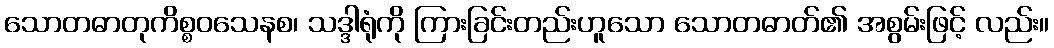
သောတဓာတုကိစ္စဝသေနစ၊ သဒ္ဒါရုံကို ကြားခြင်းတည်းဟူသော သောတဓာတ်၏ အစွမ်းဖြင့် လည်း။